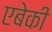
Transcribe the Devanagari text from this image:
एबेकी